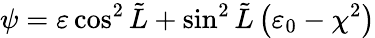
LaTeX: \psi=\varepsilon\cos^{2}\tilde{L}+\sin^{2}\tilde{L}\left(\varepsilon_{0}-\chi^{2}\right)